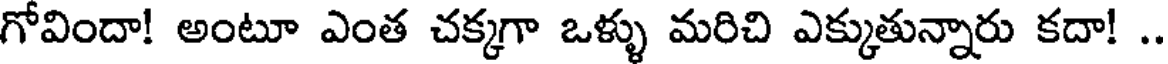
గోవిందా! అంటూ ఎంత చక్కగా ఒళ్ళు మరిచి ఎక్కుతున్నారు కదా! .